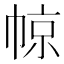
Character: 𱜬